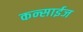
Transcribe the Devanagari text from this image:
कन्साईज